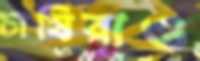
চাষিরাও